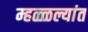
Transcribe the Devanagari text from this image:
म्हळ्ळल्यांत